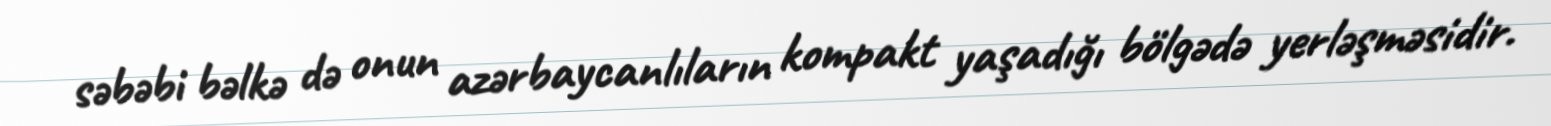
səbəbi bəlkə də onun azərbaycanlıların kompakt yaşadığı bölgədə yerləşməsidir.